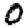
Digit: 0